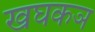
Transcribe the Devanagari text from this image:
खघकञ